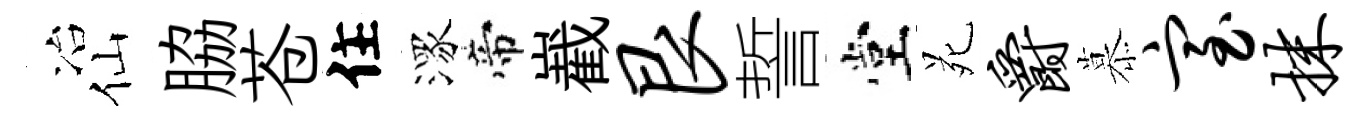
冶仙脇苍住潈帝嶻艮誓堂苑爵慕室抹